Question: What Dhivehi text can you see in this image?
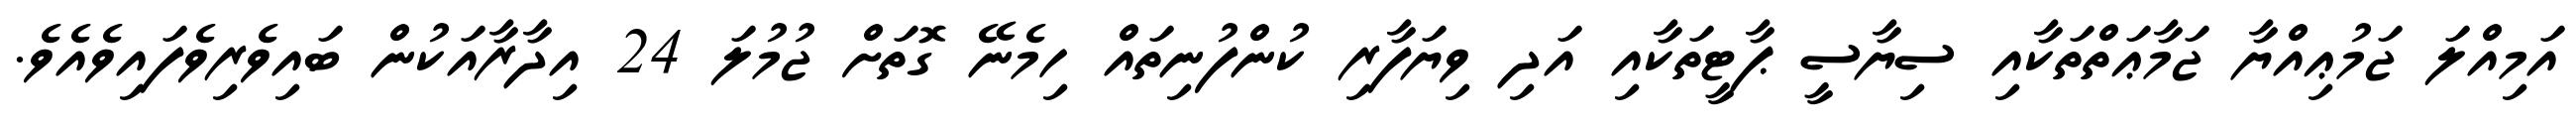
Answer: އަމިއްލަ ޖަމުޢިއްޔާ ޖަމާޢަތްތަކާއި ސިޔާސީ ޕާޓީތަކާއި އަދި ވިޔަފާރި ކުންފުނިތައް ހިމެނޭ ގޮތަށް ޖުމުލަ 24 އިދާރާއަކުން ބައިވެރިވެފައިވެއެވެ.